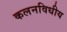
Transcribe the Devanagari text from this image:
कलनविधीय